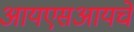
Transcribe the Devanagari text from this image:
आयएसआयचे